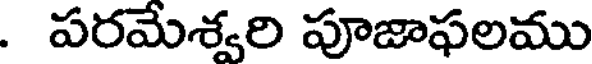
. పరమేశ్వరి పూజాఫలము